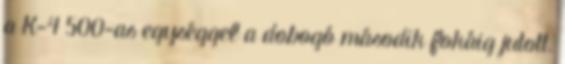
a K-4 500-as egységgel a dobogó második fokáig jutott.